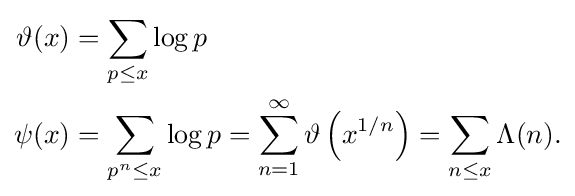
{\begin{aligned}\vartheta (x)&=\sum _{p\leq x}\log p\\\psi (x)&=\sum _{p^{n}\leq x}\log p=\sum _{n=1}^{\infty }\vartheta \left(x^{1/n}\right)=\sum _{n\leq x}\Lambda (n).\end{aligned}}